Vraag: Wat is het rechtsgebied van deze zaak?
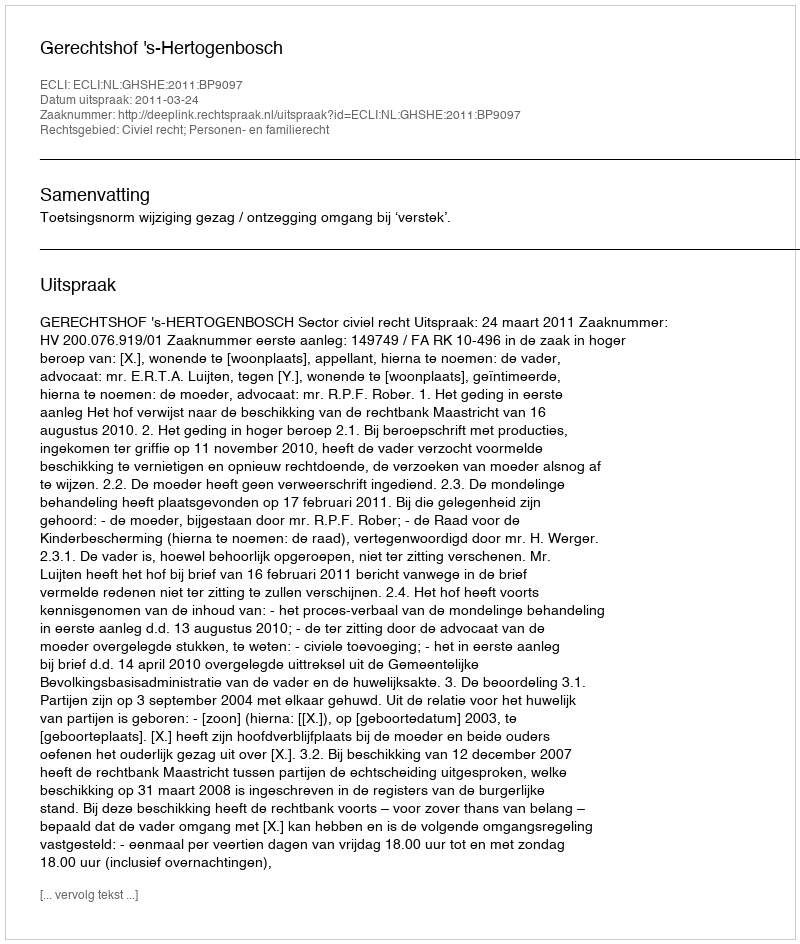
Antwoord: Civiel recht; Personen- en familierecht